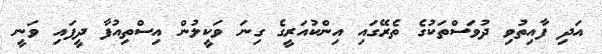
އަދި ފާއިތުވި ދުވަސްތަކުގެ ތެރޭގައި އިންކުއަރީގެ ގިނަ ވަކީލުން އިސްތިއުފާ ދީފައި ވަނީ